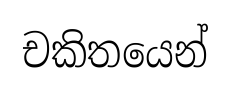
චකිතයෙන්